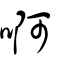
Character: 啊